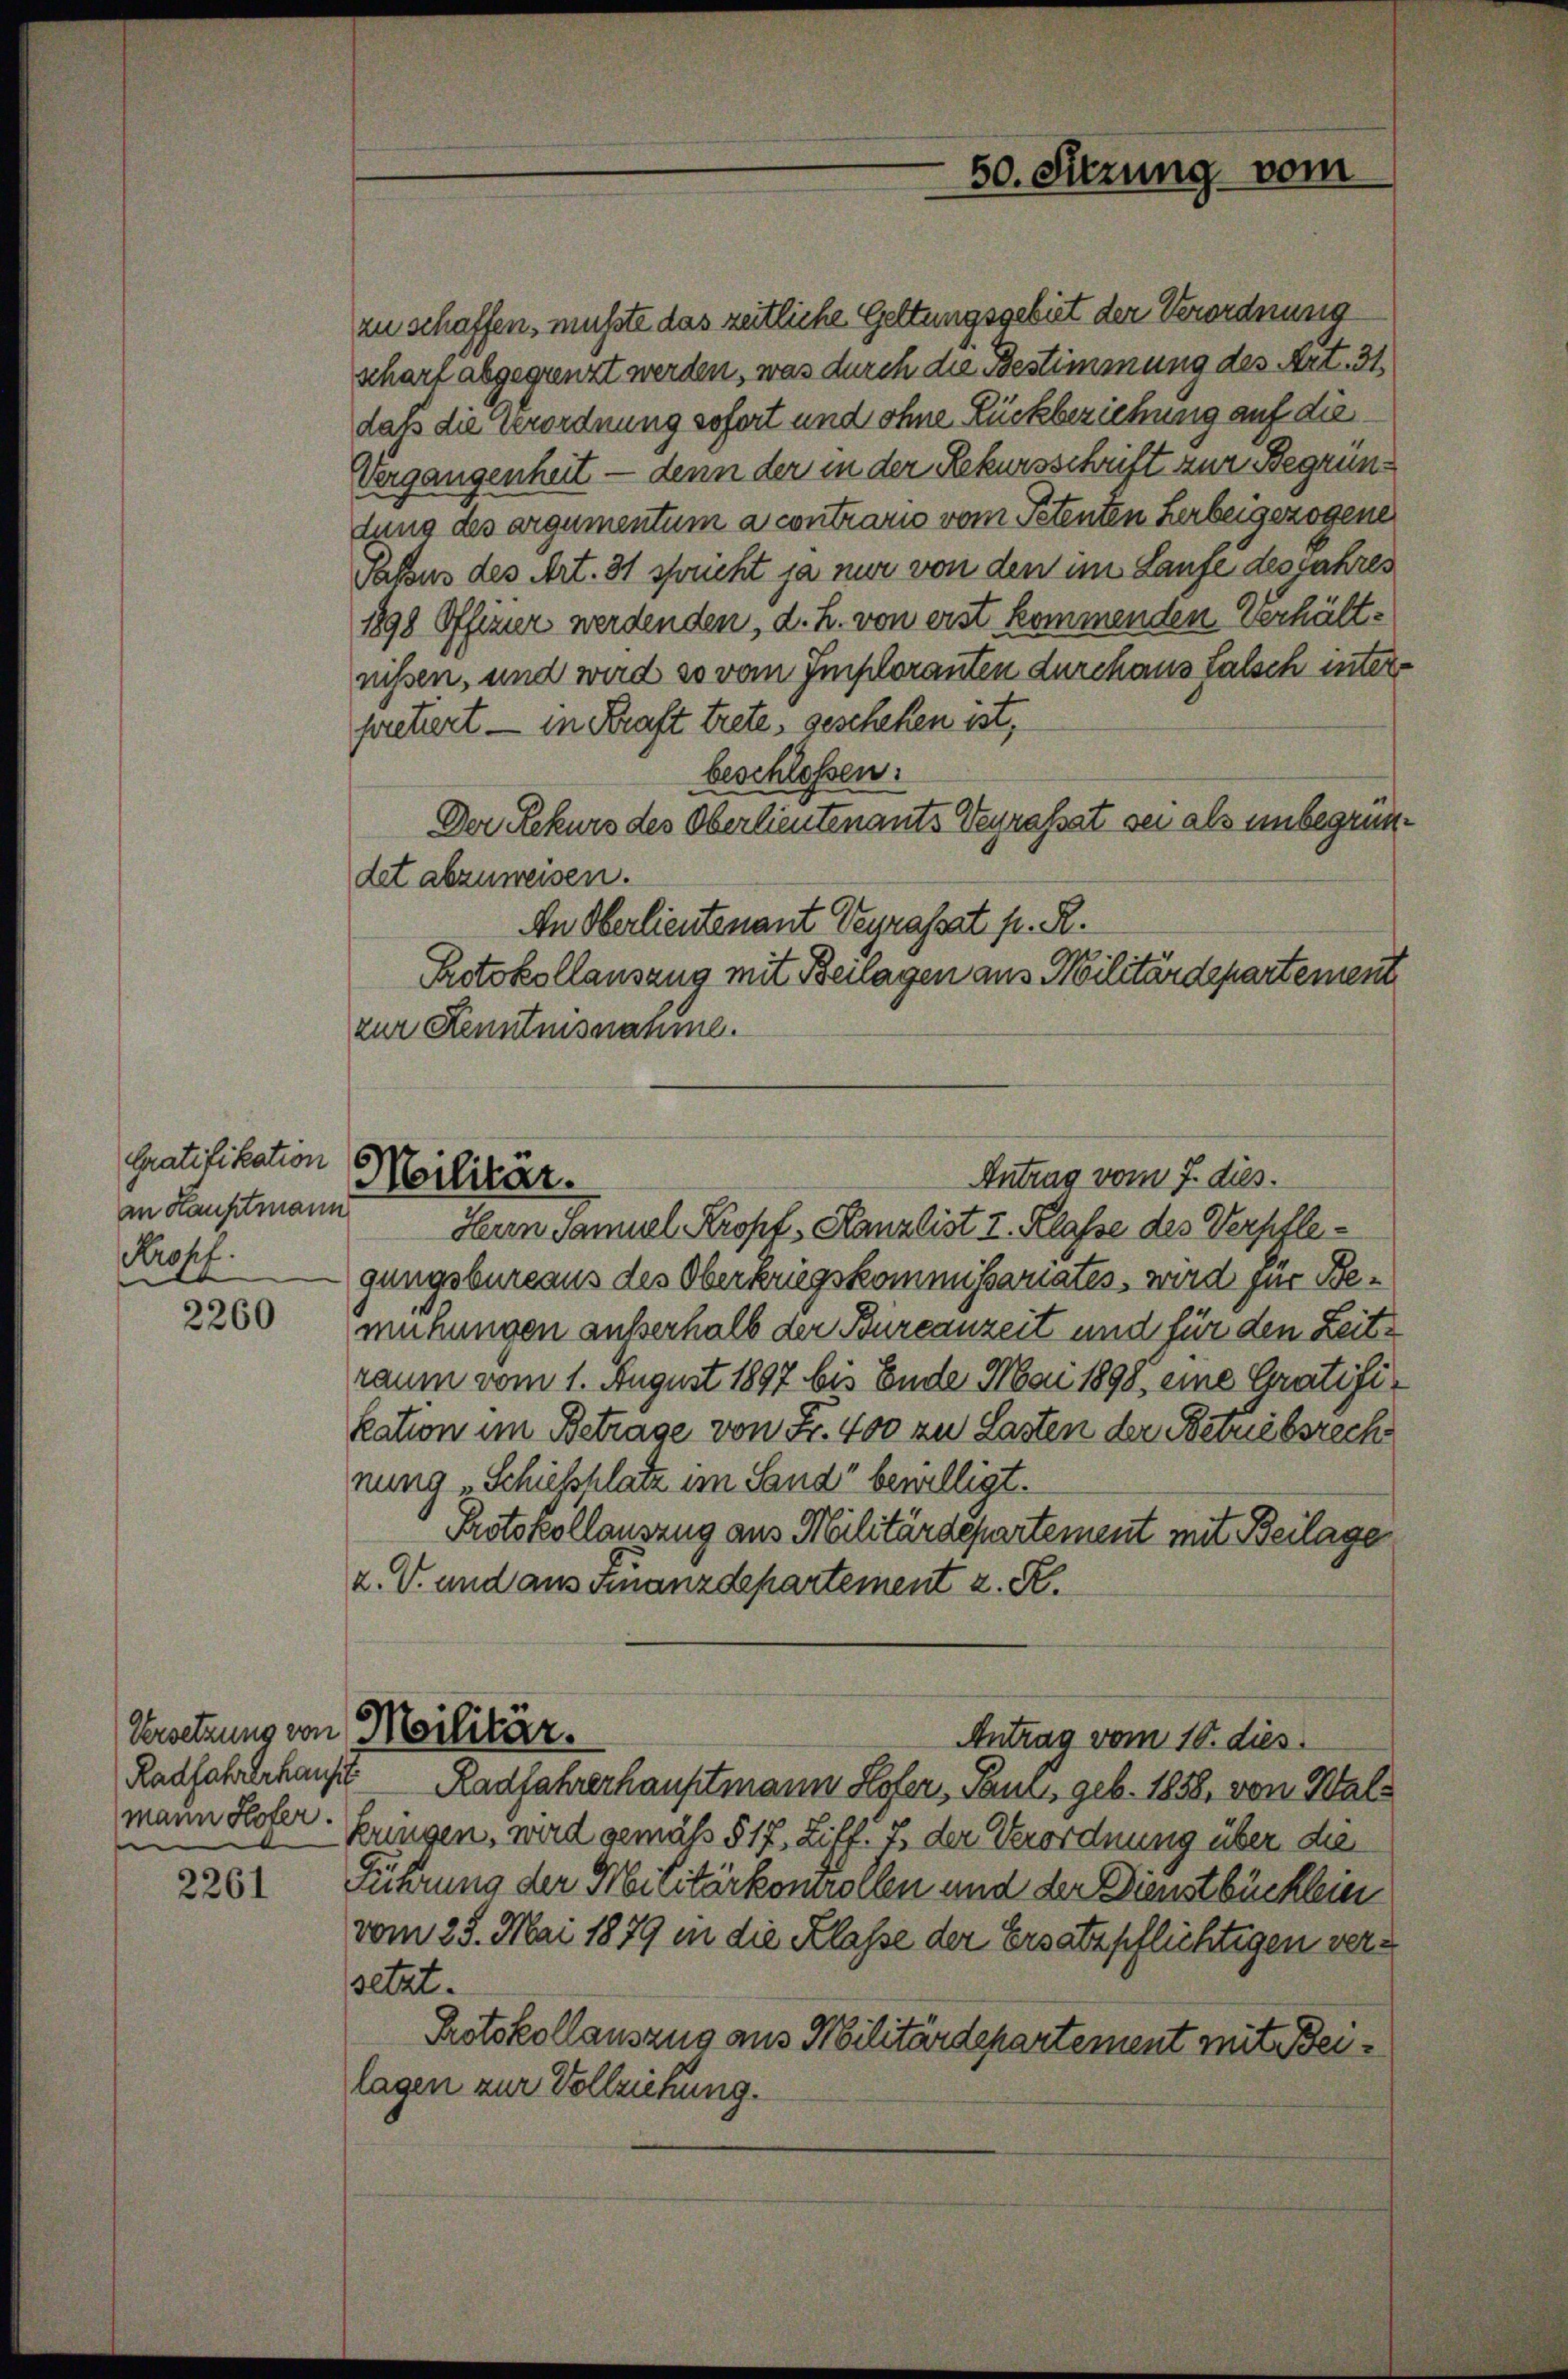
Gratifikation
an Hauptmann
Propf

2260

e

2261

50. Sitzung vom

zu schaffen, musste das zeitliche Geltungsgebiet der Verordnung
schart abgegrenzt werden, was durch die Bestimmung des Art. 31.
daß die Verordnung sofort und ohne Lückbeziehung auf die
Vergangenheit — denn der in der Rekursschrift zur Begrüntung des argumentum a contrario vom Petenten Herbeigezogene
Pabsus des Art. 31 sprucht ja nur von den im Laufe des Jahres
1898 Offizier werdenden, d. h. von erst kommenden Verhältnissen, und wird so vom Imploranten durchaus falsch inter
pretiert — in Kraft trete, geschehen ist,
beschlossen:
Der Rekurs des Oberlieutenants Verrasset sei als unbegründet abzuweisen.
An Oberlieutenant Vegrassat fr. R.
Protokollauszug mit Beilagen aus Militärdepartement
zur Kenntnisnahme.

Antrag vom 7. dies
Militär.

Herrn Samuel Kropt, Kanzlist I. Klasse des Verpflegungsbureaus des Oberkriegskommissariates, wird zur Bemühungen außerhalb der Burcanzeit und für den Zeitraum vom 1. August 1897 bis Ende Mai 1898 eine Gratifikation im Betrage von Fr. 400 zu Lasten der Betriebsrech
nung „Schießplatz im Sand“ bewilligt.
Protokollauszug aus Militärdepartement mit Beilage
x. V. und aus Finanzdepartement z. R.
Versetzung von Militär.
Antrag vom 10. dies
Radfallerhaupt Radfahrerhauptmann Hofer, Tams geb. 1858, von Walmann Hofer-Bungen, wird gemäß § 17, Ziff. 7 der Verordnung über die
Führung der Militärkomrollen und der Dienstbücklein
vom 25. Mai 1879 in die Klasse der Ersatzpflichtigen versetzt.
Protokollauszug aus Militärdepartement mit Beilagen zur Vollziehung.